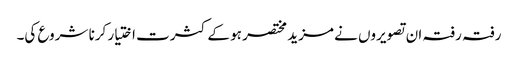
رفتہ رفتہ ان تصویروں نے مزید مختصر ہو کے کثرت اختیار کرنا شروع کی۔